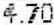
4.70